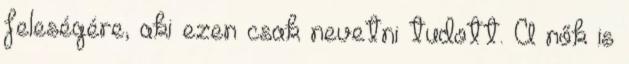
feleségére, aki ezen csak nevetni tudott. A nők is